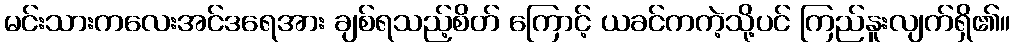
မင်းသားကလေးအင်ဒရေအား ချစ်ရသည့်စိတ် ကြောင့် ယခင်ကကဲ့သို့ပင် ကြည်နူးလျက်ရှိ၏။